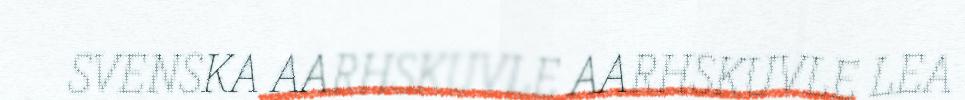
SVENSKA AARHSKUVLE AARHSKUVLE LEA